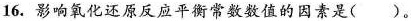
16.影响氧化还原反应平衡常数数值的因素是( )。